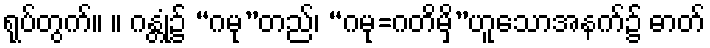
ရုပ်တွက်။ ။ ဂန္တုံ၌ “ဂမု”တည်၊ “ဂမု=ဂတိမှိ”ဟူသောအနက်၌ ဓာတ်